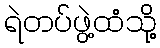
ရဲတပ်ဖွဲ့ထံသို့